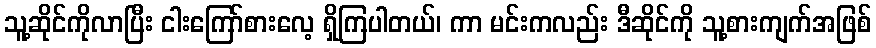
သူ့ဆိုင်ကိုလာပြီး ငါးကြော်စားလေ့ ရှိကြပါတယ်၊ ကာ မင်းကလည်း ဒီဆိုင်ကို သူ့စားကျက်အဖြစ်